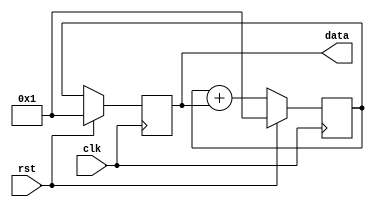
// Fibonacci series demo
module fib(
	input clk,
	input rst,
	output [15:0] data
);

reg [15:0] s1, s2;
always @(posedge clk) if (rst) begin
	s1 <= 1;
	s2 <= 1;
end else begin
	s1 <= s1 + s2;
	s2 <= s1;
end
assign data = s2;

endmodule